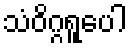
သံဝိဂ္ဂရူပေါ